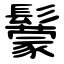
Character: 䰒